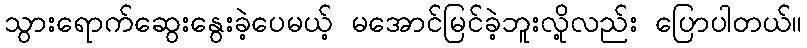
သွားရောက်ဆွေးနွေးခဲ့ပေမယ့် မအောင်မြင်ခဲ့ဘူးလို့လည်း ပြောပါတယ်။